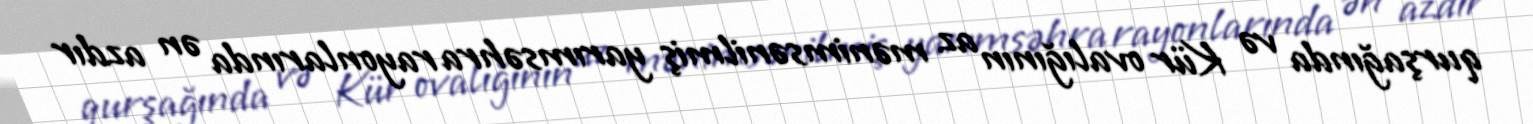
qurşağında və Kür ovalığının az mənimsənilmiş yarımsəhra rayonlarında ən azdır